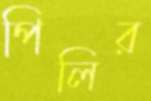
পিলির